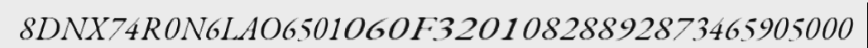
8DNX74R0N6LAO6501060F32010828892873465905000